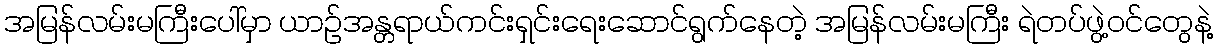
အမြန်လမ်းမကြီးပေါ်မှာ ယာဉ်အန္တရာယ်ကင်းရှင်းရေးဆောင်ရွက်နေတဲ့ အမြန်လမ်းမကြီး ရဲတပ်ဖွဲ့ဝင်တွေနဲ့